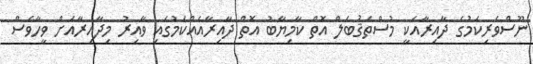
ނޫސްވެރިކަމުގެ ދާއިރާއަކީ މުސްތަޤުބަލް އޮތް ކާމިޔާބު އޮތް ދާއިރާއެއްކަމުގައި ވާއިރު މިދާއިރާއަށް ވީހާވެސް